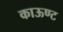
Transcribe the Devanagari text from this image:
काऊण्ट